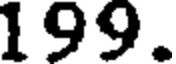
199.